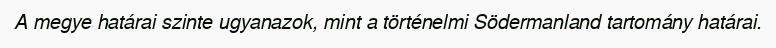
A megye határai szinte ugyanazok, mint a történelmi Södermanland tartomány határai.